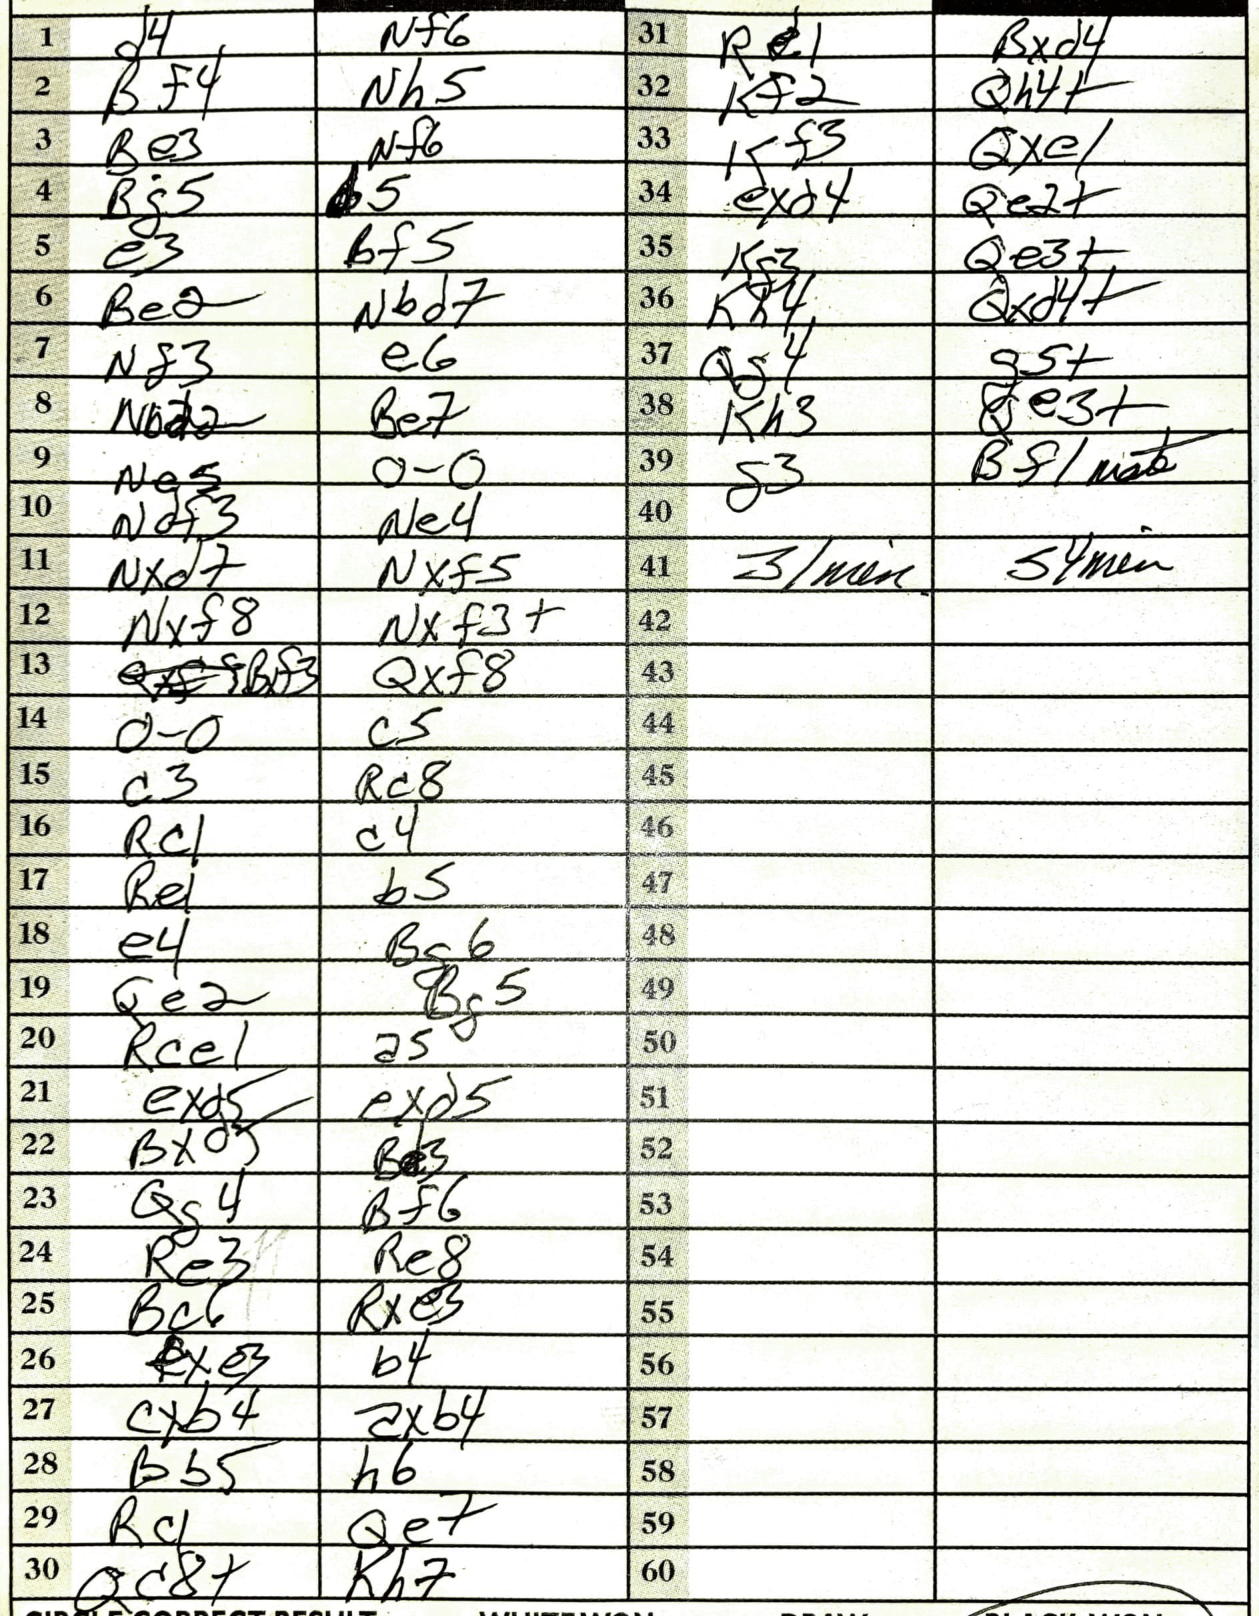
Moves: d4 Nf6 Bf4 Nh5 Be3 Nf6 Bg5 b5 e3 Bf5 Be2 Nbd7 Nf3 e6 Nbd2 Be7 Ne5 O-O Ndf3 Ne4 Nxd7 Nxf5 Nxf8 Nxf3+ Bxf3 Qxf8 O-O c5 c3 Rc8 Rc1 c4 Re1 b5 e4 Bg6 Qe2 Bg5 Rce1 a5 exd5 exd5 Bxd+ Be3 Qg4 Bf6 Re3 Re8 Bc6 Rxe3 fxe3 b4 cxb4 axb4 Bb5 h6 Rc1 Qe7 Qc8+ Kh7 Re1 Bxd4 Kf2 Qh4+ Kf3 Qxe1 exd4 Qe2+ Kg3 Qe3+ Kh4 Qxd4+ Qg4 g5+ Kh3 Qe3+ g3 Bf1